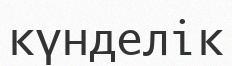
күнделік